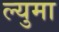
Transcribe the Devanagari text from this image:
ल्युमा